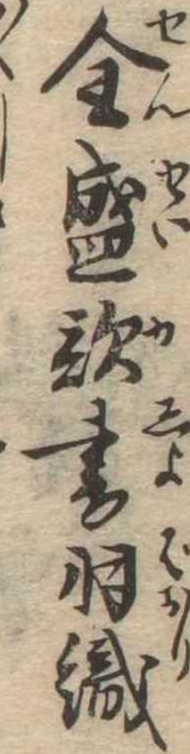
全盛歌書羽織